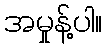
အမှုန့်ပါ။